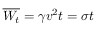
\overline { { W _ { t } } } = \gamma v ^ { 2 } t = \sigma t